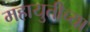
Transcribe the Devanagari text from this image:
महायुतीच्या